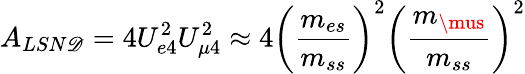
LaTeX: A_{LSN\mathscr{D}}=4U_{e4}^{2}U_{\mu4}^{2}\approx4\left(\frac{{m_{es}}}{{m_{ss}}}\right)^{2}\left(\frac{{m_{\mus}}}{{m_{ss}}}\right)^{2}